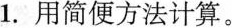
1.用简便方法计算。